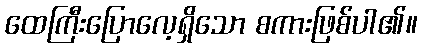
ထေကြီးပြောလေ့ရှိသော စကားဖြစ်ပါ၏။